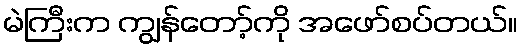
မဲကြီးက ကျွန်တော့်ကို အဖော်စပ်တယ်။